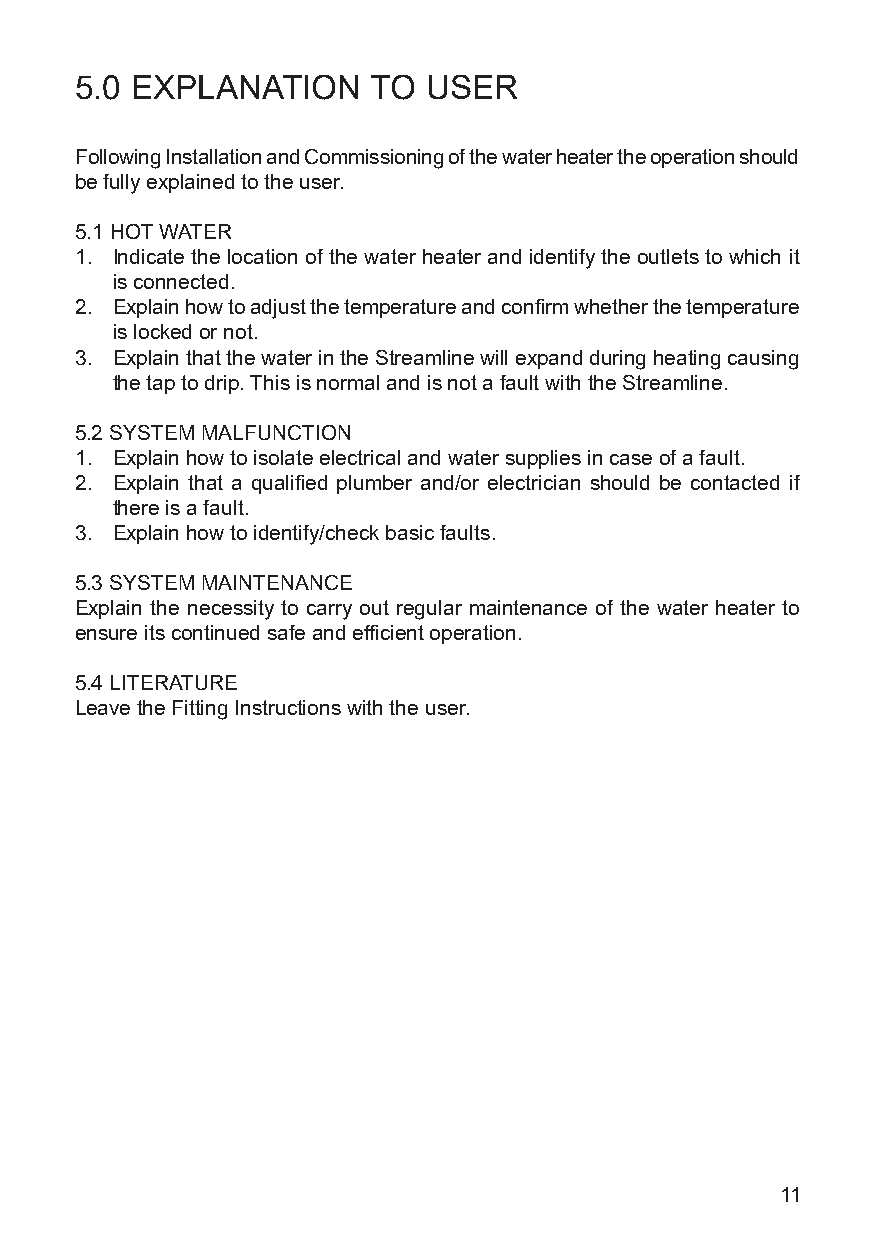
5.0 EXPLANATION     TO USER
 Following Installation and Commissioning of the water heater the operation should
 be fully explained to the user.
 5.1 HOT WATER
 1. Indicate the location of the water heater and identify the outlets to which it
 is connected.
 2. Explain how to adjust the temperature and confirm whether the temperature
 is locked or not.
 3. Explain that the water in the Streamline will expand during heating causing
 the tap to drip. This is normal and is not a fault with the Streamline.
 5.2 SYSTEM MALFUNCTION
 1. Explain how to isolate electrical and water supplies in case of a fault.
 2. Explain that a qualified plumber and/or electrician should be contacted if
 there is a fault.
 3. Explain how to identify/check basic faults.
 5.3 SYSTEM MAINTENANCE
 Explain the necessity to carry out regular maintenance of the water heater to
 ensure its continued safe and efficient operation.
 5.4 LITERATURE
 Leave the Fitting Instructions with the user.
 11